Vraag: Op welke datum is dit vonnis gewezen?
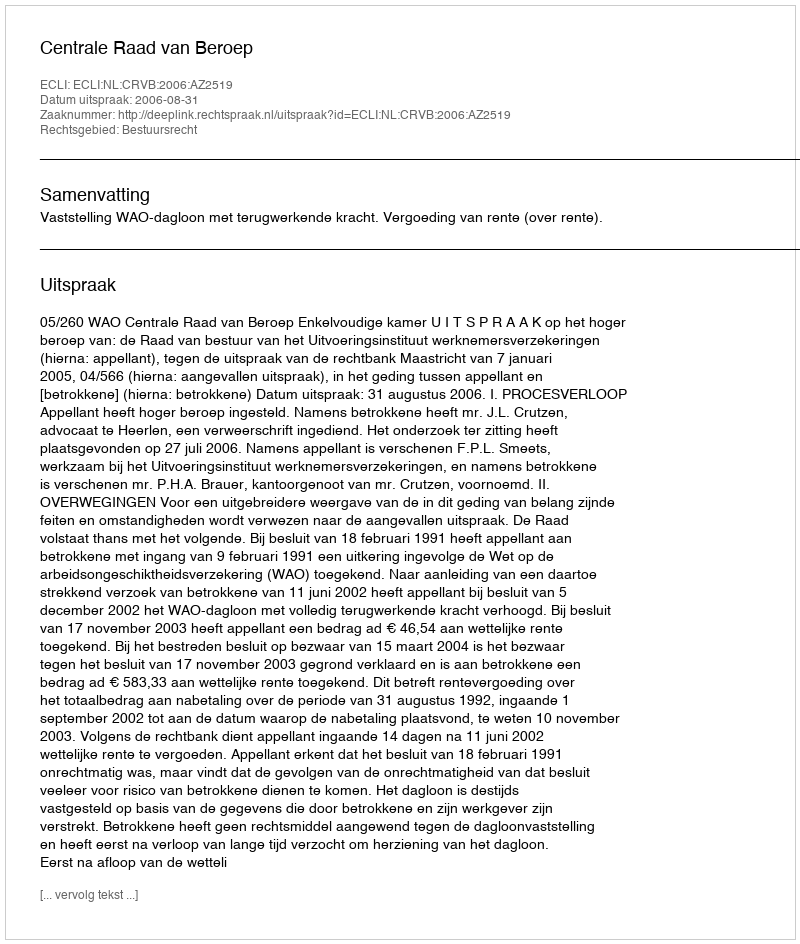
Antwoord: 2006-08-31